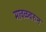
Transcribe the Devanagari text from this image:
मावळवरुन